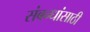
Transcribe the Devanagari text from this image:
संबन्धांसाठी